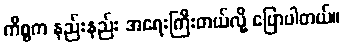
ကိစ္စက နည်းနည်း အရေးကြီးတယ်လို့ ပြောပါတယ်။